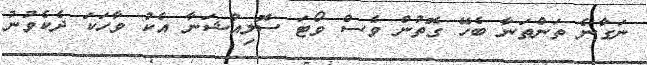
ނަގާނެ ތަންތަނާ ބެހޭ ގޮތުން ވެސް ވޯޓަ ސޮލިއުޝަނާ އެކު ވާހަކަ ދެކެވުނު